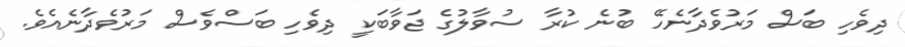
ދިވެހި ބަސް މަރުވެދާނެހޭ ބުނެ ކުރާ ސުވާލުގެ ޖަވާބަކީ ދިވެހި ބަސްވެސް މަރުވެދާނެއެވެ.